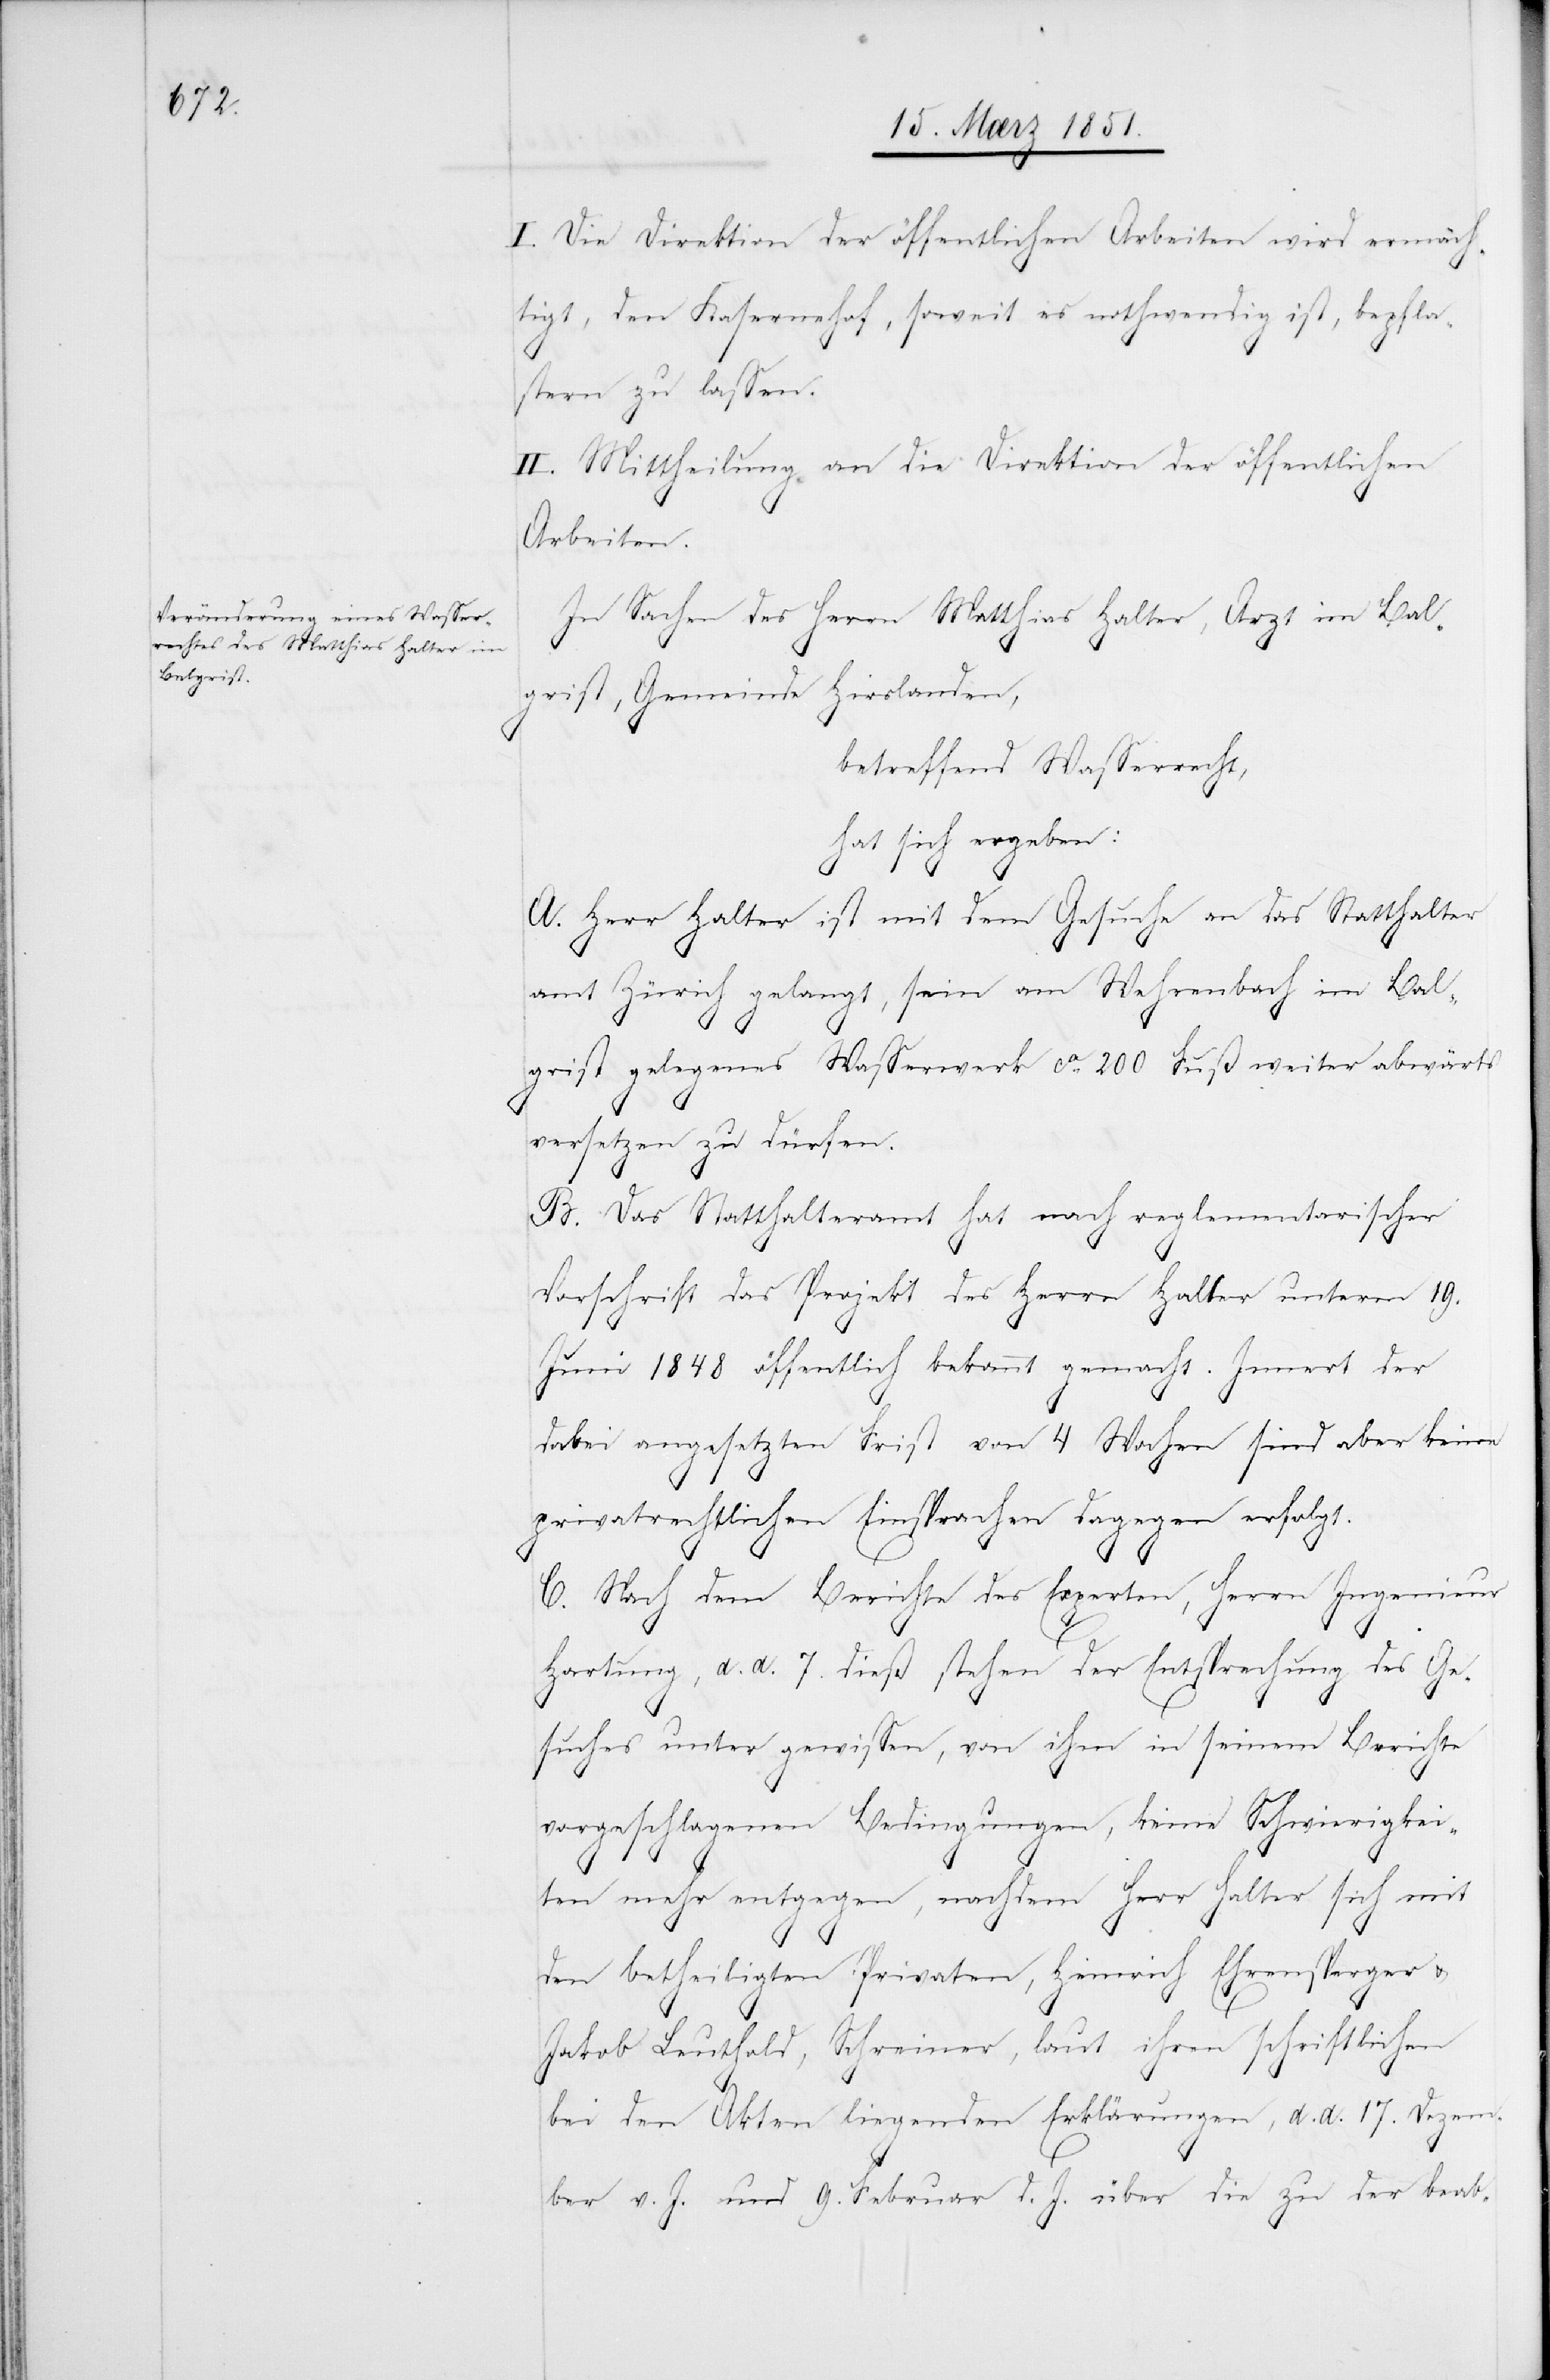
I. Die Direktion der öffentlichen Arbeiten wird ermäch¬
tigt, den Kaserne[n]hof, soweit es nothwendig ist, bepfla¬
stern zu lassen.
II. Mittheilung an die Direktion der öffentlichen
Arbeiten.
In Sachen des Herrn Matthias Halter, Arzt im Bal¬
grist, Gemeinde Hirslanden,
betreffend Wasserrecht,
hat sich ergeben:
A. Herr Halter ist mit dem Gesuche an das Statthalter¬
amt Zürich gelangt, sein am Wehrenbach im Bal¬
grist gelegenes Wasserwerk ca. 200 Fuß weiter abwärts
versetzen zu dürfen.
B. Das Statthalteramt hat nach reglementarischer
Vorschrift das Projekt des Herrn Halter unterm 19.
Juni 1848 öffentlich bekannt gemacht. Innert der
dabei angesetzten Frist von 4 Wochen sind aber keine
privatrechtlichen Einsprachen dagegen erfolgt.
C. Nach dem Berichte des Experten, Herrn Ingenieur
Hartung, d. d. 7. dieß stehen der Entsprechung des Ge¬
suches unter gewissen, von ihm in seinem Berichte
vorgeschlagenen Bedingungen, keine Schwierigkei¬
ten mehr entgegen, nachdem Herr Halter sich mit
den betheiligten Privaten, Heinrich Ehrensperger &
Jakob Leuthold, Schreiner, laut ihren schriftlichen
bei den Akten liegenden Erklärungen, d. d. 17. Dezem¬
ber v. J. und 9. Februar d. J. über die zu der beab-